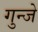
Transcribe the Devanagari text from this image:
गुन्जे